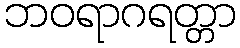
ဘဝရာဂရတ္တာ